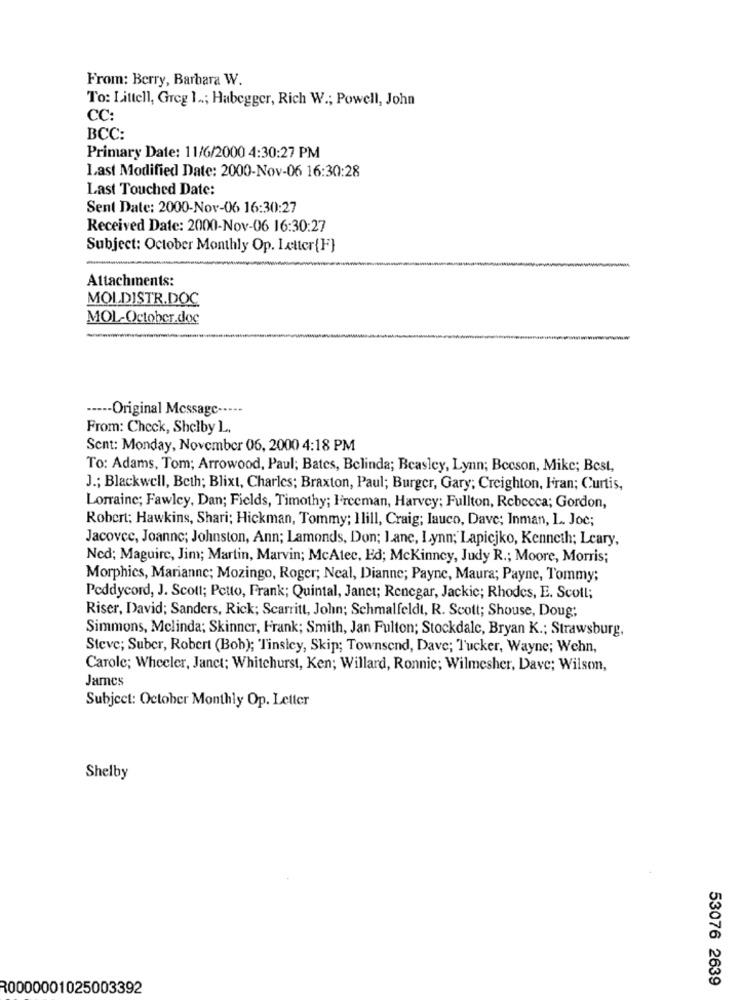
From: Berry, Barbara W.
To: Littell, Greg 1 ..; Habegger, Rich W .; Powell, John
CC:
BCC:
Primary Date: 11/6/2000 4:30:27 PM
Last Modified Date: 2000-Nov-06 16:30:28
Last Touched Date:
Sent Date: 2000-Nov-06 16:30:27
Received Date: 2000-Nov-06 16:30:27
Subject: October Monthly Op. Letter{F}
Attachments:
MOLDISTR.DOC
MOL-October.doc
----- Original Message -····
From: Check, Shelby L.
Sent: Monday, November 06, 2000 4:18 PM
To: Adams, Tom; Arrowood, Paul; Bates, Belinda; Beasley, Lynn; Beeson, Mike; Best,
J .; Blackwell, Beth; Blixt, Charles; Braxton, Paul; Burger, Gary; Creighton, Hran; Curtis,
Lorraine; Fawley, Dan; Fields, Timothy; Freeman, Harvey; Fullton, Rebecca; Gordon,
Robert: Hawkins, Shari; Hickman, Tommy; Ilill, Craig; lauco, Dave; Inman, L. Joc;
Jacovec, Joanne; Johnston, Ann; Lamonds, Don; Lane, Lynn; Lapicjko, Kenneth; Leary,
Ned; Maguire, Jim; Martin, Marvin; McAtec, Ed; Mckinney, Judy R .; Moore, Morris;
Morphics, Marianne; Mozingo, Roger; Neal, Dianne; Payne, Maura; Payne, Tommy;
Peddycord, J. Scott; Petto, Frank; Quintal, Janct; Renegar, Jackie; Rhodes, E. Scott;
Riser, David; Sanders, Rick; Scarritt, John; Schmalfeldt, R. Scott; Shouse, Doug;
Simmons, Melinda; Skinner, Frank; Smith, Jan Fulton; Stockdale, Bryan K .; Strawsburg,
Steve; Suber, Robert (Bob); Tinsley, Skip; Townsend, Dave; Tucker, Wayne; Wehn,
Carole; Wheeler, Janet; Whitehurst, Ken; Willard, Ronnic; Wilmesher, Dave; Wilson,
James
Subject: October Monthly Op. Letter
Shelby
53076 2639
R0000001025003392